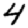
Digit: 4